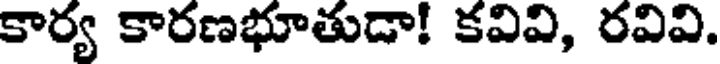
కార్య కారణభూతుడా! కవివి, రవివి.